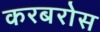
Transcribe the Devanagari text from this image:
करबरोस